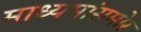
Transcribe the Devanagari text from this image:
माध्यमांसमोर